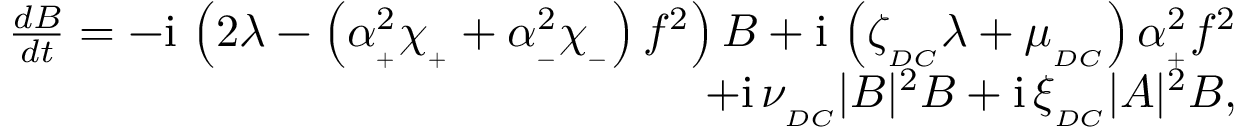
\begin{array} { r } { \frac { d B } { d t } = - \mathrm { i } \, \left( 2 \lambda - \left( \alpha _ { _ + } ^ { 2 } \chi _ { _ + } + \alpha _ { _ - } ^ { 2 } \chi _ { _ - } \right) f ^ { 2 } \right) B + \mathrm { i } \, \left( \zeta _ { _ { D C } } \lambda + \mu _ { _ { D C } } \right) \alpha _ { _ + } ^ { 2 } f ^ { 2 } } \\ { + \mathrm { i } \, \nu _ { _ { D C } } | B | ^ { 2 } B + \mathrm { i } \, \xi _ { _ { D C } } | A | ^ { 2 } B , } \end{array}